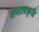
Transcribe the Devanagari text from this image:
मण्डलाकृति